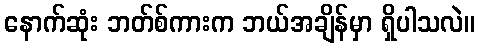
နောက်ဆုံး ဘတ်စ်ကားက ဘယ်အချိန်မှာ ရှိပါသလဲ။